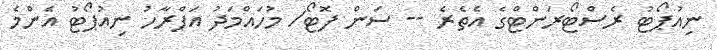
ނިއުޕޯޓު ރެސްޓޯރަންޓްގެ އެތެރެ -- ސަން ފޮޓޯ/ މުހައްމަދު އަފްރާހު ނިއުޕޯޓު އެންމެ